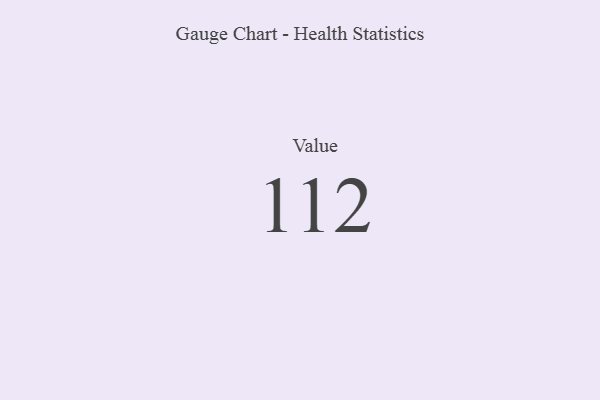
{"axis": {"x": "Metric", "y": "Value"}, "legend": [""], "data": [{"x": "Value", "y": 112, "type": ""}]}